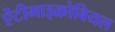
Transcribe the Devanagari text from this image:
ऐंटीमाइक्रोबियल